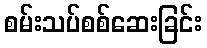
စမ်းသပ်စစ်ဆေးခြင်း